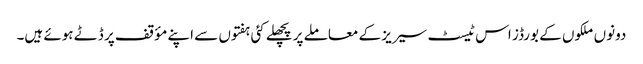
دونوں ملکوں کے بورڈز اس ٹیسٹ سیریز کے معاملے پر پچھلے کئی ہفتوں سے اپنے مؤقف پر ڈٹے ہوئے ہیں۔